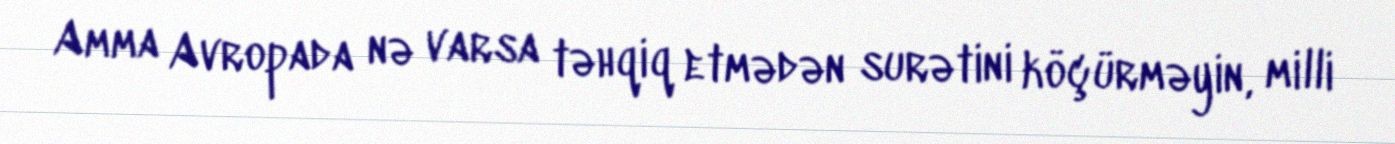
Amma Avropada nə varsa təhqiq etmədən surətini köçürməyin, milli